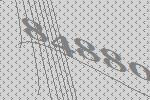
84880